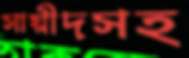
সায়ীদসহ